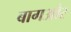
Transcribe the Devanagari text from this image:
बागऔर